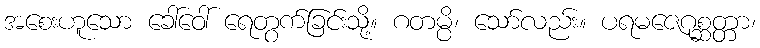
အစေးဟူသော ခေါ်ဝေါ် ရေတွက်ခြင်းသို့။ ဂတမ္ပိ၊ သော်လည်း။ ပရမဇေဂုစ္ဆတ္တာ၊